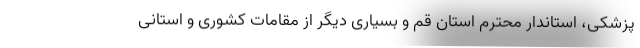
پزشکی، استاندار محترم استان قم و بسیاری دیگر از مقامات کشوری و استانی